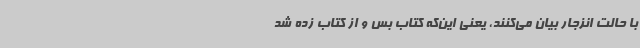
با حالت انزجار بیان می‌کنند، یعنی این‌که کتاب بس و از کتاب زده شد